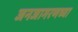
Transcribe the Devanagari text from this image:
जनजागरणच्या